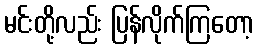
မင်းတို့လည်း ပြန်လိုက်ကြတော့